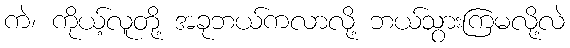
ကဲ၊ ကိုယ့်လူတို့ အခုဘယ်ကလာလို့ ဘယ်သွားကြမလို့လဲ